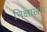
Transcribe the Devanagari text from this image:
निक्षालय